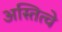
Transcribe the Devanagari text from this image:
अस्तित्वे